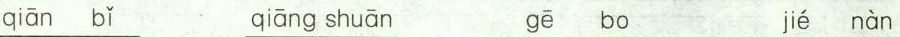
qiān bǐ qiāng shuān gē bo jié nàn